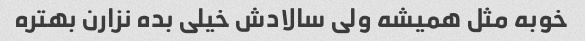
خوبه مثل همیشه ولی سالادش خیلی بده نزارن بهتره